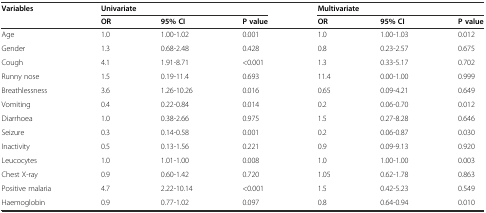
| Variables | <COLSPAN=3> Univariate | <COLSPAN=3> Multivariate |
 |  | OR | 95% CI | P value | OR | 95% CI | P value |
 | --- | --- | --- | --- | --- | --- | --- |
 | Age | 1.0 | 1.00-1.02 | 0.001 | 1.0 | 1.00-1.03 | 0.012 |
 | Gender | 1.3 | 0.68-2.48 | 0.428 | 0.8 | 0.23-2.57 | 0.675 |
 | Cough | 4.1 | 1.91-8.71 | <0.001 | 1.3 | 0.33-5.17 | 0.702 |
 | Runny nose | 1.5 | 0.19-11.4 | 0.693 | 11.4 | 0.00-1.00 | 0.999 |
 | Breathlessness | 3.6 | 1.26-10.26 | 0.016 | 0.65 | 0.09-4.21 | 0.649 |
 | Vomiting | 0.4 | 0.22-0.84 | 0.014 | 0.2 | 0.06-0.70 | 0.012 |
 | Diarrhoea | 1.0 | 0.38-2.66 | 0.975 | 1.5 | 0.27-8.28 | 0.646 |
 | Seizure | 0.3 | 0.14-0.58 | 0.001 | 0.2 | 0.06-0.87 | 0.030 |
 | Inactivity | 0.5 | 0.13-1.56 | 0.221 | 0.9 | 0.09-9.13 | 0.920 |
 | Leucocytes | 1.0 | 1.01-1.00 | 0.008 | 1.0 | 1.00-1.00 | 0.003 |
 | Chest X-ray | 0.9 | 0.60-1.42 | 0.720 | 1.05 | 0.62-1.78 | 0.863 |
 | Positive malaria | 4.7 | 2.22-10.14 | <0.001 | 1.5 | 0.42-5.23 | 0.549 |
 | Haemoglobin | 0.9 | 0.77-1.02 | 0.097 | 0.8 | 0.64-0.94 | 0.010 |